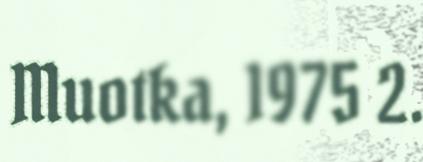
Muotka, 1975 2.